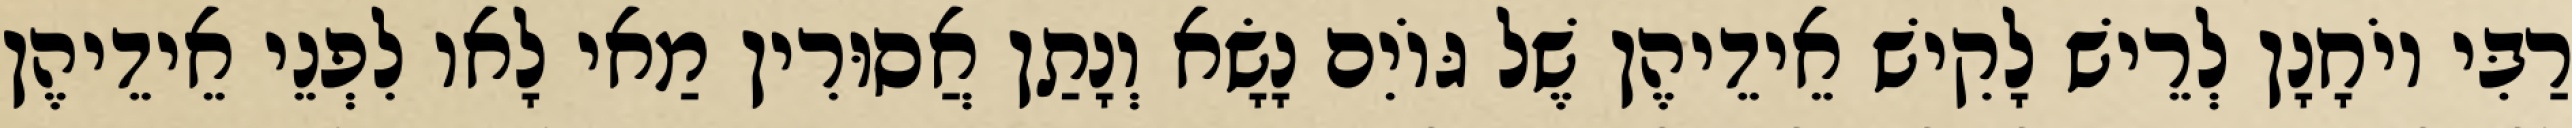
רַבִּי יוֹחָנָן לְרֵישׁ לָקִישׁ אֵידֵיהֶן שֶׁל גּוֹיִם נָשָׂא וְנָתַן אֲסוּרִין מַאי לָאו לִפְנֵי אֵידֵיהֶן